Medical and sanitary report of the native army of Madras for the year
Year: 1878
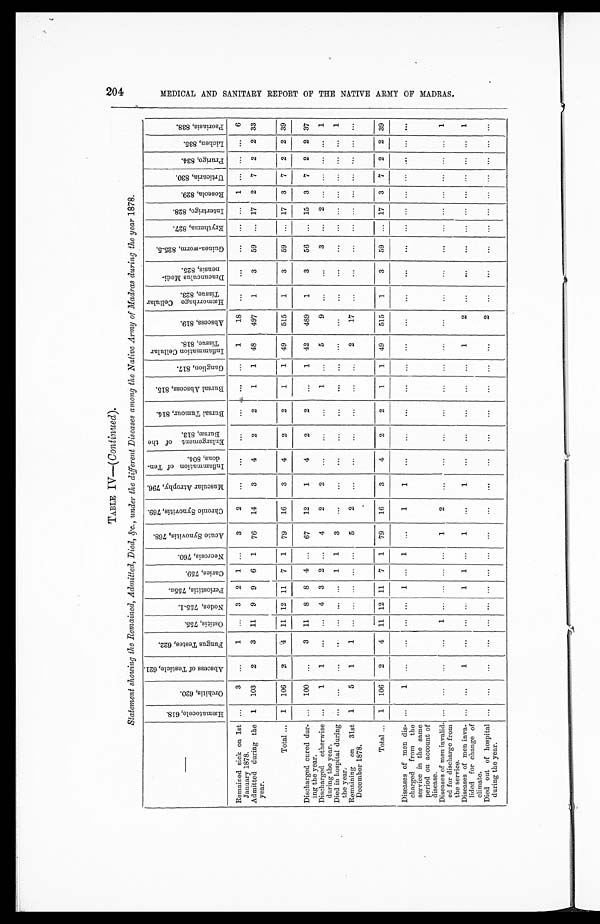
TABLE IV—(Continued).
Statement showing the Remained, Admitted, Died, &c., under the different Diseases among the Native Army of Madras during the year 1878.
H æ m a t o c e l e , 6 1 8 .
O r c h i t i s , 6 2 0 .
A b s c e s s o f T e s t i c l e , 6 2 1 .
F u n g u s T e s t e s , 6 2 2 .
Ostitis, 755.
N o d e s , 7 5 5 - 1 .
P e r i o s t i t i s , 7 5 5 a .
C a r i e s , 7 5 9 .
N e c r o s i s , 7 6 0 .
A c u t e S y n o v i t i s , 7 6 8 .
C h r o n i c S y n o v i t i s , 7 6 9 .
M u s c u l a r A t r o p h y , 7 9 6 .
I n f l a m m a t i o n o f T e n - d o n s , 8 0 4 .
E n l a r g e m e n t o f t h e B u r s æ , 8 1 3 .
B u r s a l T u m o u r , 8 1 4 .
B u r s a l A b s c e s s , 8 1 5 .
G a n g l i o n , 8 1 7 .
I n f l a m m a t i o n C e l l u l a r T i s s u e , 8 1 8 .
A b s c e s s , 8 1 9 .
H æ m o r r h a g e C e l l u l a r T i s s u e , 8 2 3 .
D r a c u n c u l u s M e d i - n e n s i s , 8 2 5 .
G u i n e a - W o r m , 8 2 5 - 5 .
Er yt hema, 827.
I n t e r t r i g o , 8 2 8 .
R o s e o l a , 8 2 9 .
U r t i c a r i a , 8 3 0 .
P r u r i g o , 8 3 4 .
L i c h e n , 8 3 5 .
Ps o r i a s i s , 8 3 8 .
Remained sick on 1st
January 1878.
. . .
3
. . .
1
. . .
3
2
1
. . .
3
2
. . .
. . .
. . .
. . .
. . .
. . .
1
18
. . .
. . .
. . .
. . .
. . .
1 . . . . . .
. . . 6
Admitted during the
year.
1
103
2
3
11
9
9
6
1
76
14
3
4
2
2
1
1
48
497
1
3
59
. . . 17
2
7
2
2 33
Total . . .
1
106
2
4
11
12 11
7
1
79
16
3
4
2
2
1
1
49
515
1
3
59
. . . 17
3
7
2
2 39
Discharged cured dur-
ing the year.
. . .
100
. . .
3
11
8
8
4
. . .
67
12
1
4
2
2
. . .
1
42
489
1
3
56
. . . 15
3
7
2
2 37
Discharged otherwise
during the year.
. . .
1
1
. . . . . .
4
3
2
. . .
4
2
2
. . .
. . .
. . .
1
. . .
5
9
. . .
. . .
3
. . .
2
. . .
. . .
. . .
. . .
1
Died in hospital during
the year.
. . .
. . .
. . .
. . . . . .
. . .
. . .
1
1
3
. . .
. . .
. . .
. . .
. . .
. . .
. . .
. . .
. . .
. . .
. . .
. . .
. . .
. . .
. . .
. . .
. . .
. . .
1
Remaining on 31st
December 1878.
1
5
1
1
. . .
. . .
. . .
. . .
. . .
5
2
. . .
. . .
. . .
. . .
. . .
. . .
2
17
. . .
. . .
. . .
. . .
. . .
. . .
. . .
. . .
. . .
. . .
Total . . .
1
106
2
4
11 12 11
7
1
79
16
3
4
2
2
1
1
49
515
1
3
59
. . . 17
3
7
2
2 39
Diseases of men dis-
charged from the
service in the same
period on account of
disease.
. . .
1
. . .
. . . . . .
. . .
1
. . .
1
. . .
1
1
. . .
. . .
. . .
. . .
. . .
. . .
. . .
. . .
. . .
. . .
. . .
. . .
. . . . . . . . .
. . .
. . .
Diseases of men invalid-
ed for discharge from
the service.
. . .
. . .
. . .
. . .
1
. . .
. . .
. . .
. . .
1
2
. . .
. . .
. . .
. . .
. . .
. . .
. . .
. . .
. . .
. . .
. . .
. . .
. . .
. . .
. . .
. . .
. . .
1
Diseases of men inva-
lided for change of
climate.
. . .
. . .
1
. . . . . .
. . .
1
1
. . .
1
. . .
1
. . .
. . .
. . .
. . .
. . .
1
2
. . .
. . .
. . .
. . .
. . .
. . . . . . . . .
. . .
1
Died out of hospital
during the year.
. . .
. . .
. . .
. . . . . .
. . .
. . .
. . .
. . .
. . .
. . .
. . .
. . .
. . .
. . .
. . .
. . .
. . .
2
. . .
. . .
. . .
. . .
. . .
. . . . . . . . .
. . .
. . .
M E D I C A L A N D S A N I T A R Y R E P O R T O F T H E N A T I V E A R M Y O F M A D R A S .